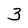
Character: 3